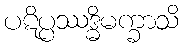
ပဋိပ္ပဿဒ္ဓိမက္ခာသိ